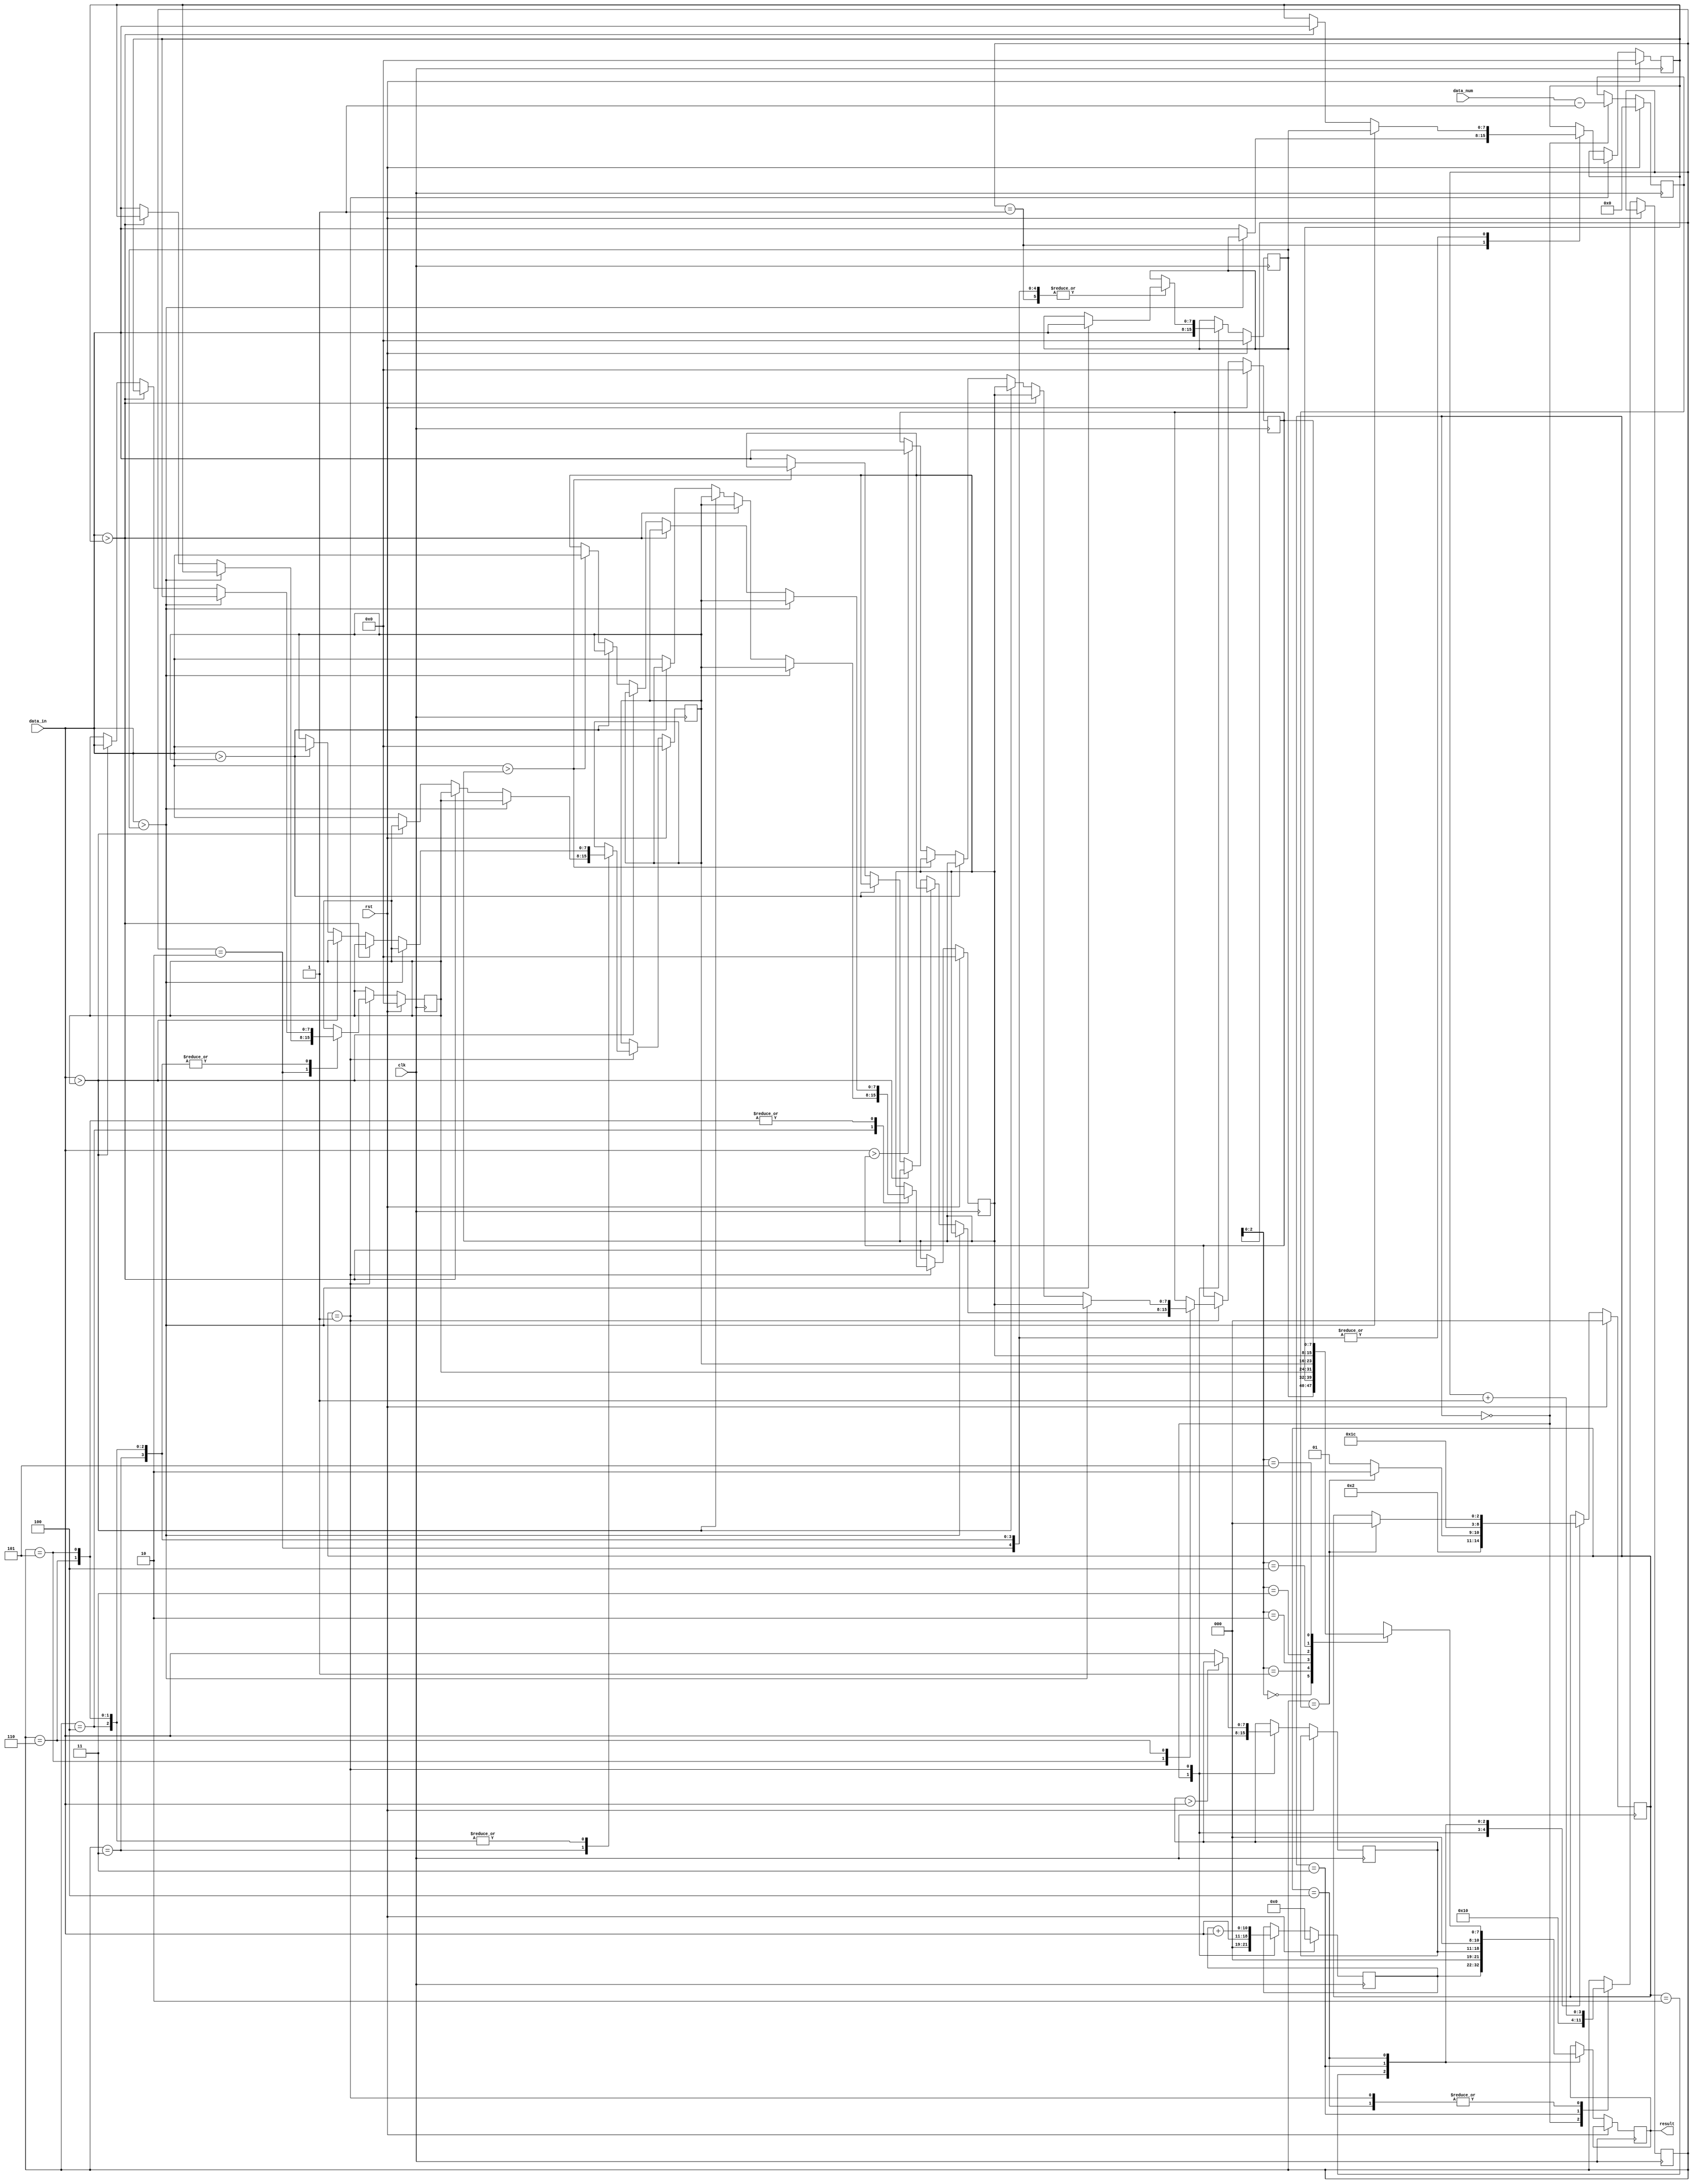
module BOE(clk, rst, data_num, data_in, result);
input clk;
input rst;
input [2:0] data_num;
input [7:0] data_in;
output [10:0] result;

reg     [10:0]  result;
reg	    [2:0]   cur_state, next_state;
reg     [3:0]   input_count;
// for summation
reg     [10:0]  summation;
// for maximum searching
reg     [7:0]   max;
// for sorting
reg     [7:0]   sorting_list [5:0];
reg     [3:0]   sorting_count;

parameter [2:0] T1 = 3'b000;
parameter [2:0] T2 = 3'b001;
parameter [2:0] T3 = 3'b010;
parameter [2:0] T4 = 3'b011;
parameter [2:0] T5 = 3'b100;

// state register()
always @(posedge clk) begin
    if (rst) 
        cur_state <= T1;
    else
        cur_state <= next_state;
end

always @(*) begin
	next_state = cur_state;
	case(cur_state)
		T1: begin
            next_state = T2;
        end
        T2: begin
            if(sorting_count == input_count) 
                next_state = T3;
            else
                next_state = T2;
        end
        T3: begin
            next_state = T4;
        end
        T4: begin
            next_state = T5;
        end
        T5: begin
            if(sorting_count == input_count) 
                next_state = T1;
        end
	endcase 
end

integer i;

always @(posedge clk) begin
    if(rst)begin
        input_count <= 0;
        summation   <= 0;
        for (i = 0; i < 7; i = i + 1) begin
            sorting_list[i] <= 0;
        end
    end
    else begin
        case(cur_state) 
        T1: begin
            input_count     <= data_num - 1;
            sorting_list[0] <= data_in;
            max             <= data_in;
            sorting_count   <= 1;
            summation       <= {3'd0, data_in};
        end
        T2: begin
            sorting_count <= sorting_count + 1;
            // when new data larger than old data, change the maximum number
            if(max > data_in) begin
                max <= max;
            end
            else begin
                max <= data_in;
            end
            // sum up all the data inputs
            summation <= summation + {3'd0, data_in};
            // sort for each time
            case(sorting_count)
                1: begin
                    if(data_in > sorting_list[0]) begin
                        sorting_list[0] <= data_in;
                        sorting_list[1] <= sorting_list[0];
                    end
                    else begin
                        sorting_list[1] <= data_in; 
                    end
                end
                2: begin
                    if(data_in > sorting_list[0]) begin
                        sorting_list[0] <= data_in;
                        sorting_list[1] <= sorting_list[0];
                        sorting_list[2] <= sorting_list[1];
                    end
                    else if(data_in > sorting_list[1]) begin
                        sorting_list[1] <= data_in;
                        sorting_list[2] <= sorting_list[1]; 
                    end
                    else begin
                        sorting_list[2] <= data_in; 
                    end
                end
                3: begin
                    if(data_in > sorting_list[0]) begin
                        sorting_list[0] <= data_in;
                        sorting_list[1] <= sorting_list[0];
                        sorting_list[2] <= sorting_list[1];
                        sorting_list[3] <= sorting_list[2];
                    end
                    else if(data_in > sorting_list[1]) begin
                        sorting_list[1] <= data_in;
                        sorting_list[2] <= sorting_list[1];
                        sorting_list[3] <= sorting_list[2];
                    end
                    else if(data_in > sorting_list[2]) begin
                        sorting_list[2] <= data_in;
                        sorting_list[3] <= sorting_list[2];
                    end
                    else begin
                        sorting_list[3] <= data_in;
                    end
                end
                4: begin
                    if(data_in > sorting_list[0]) begin
                        sorting_list[0] <= data_in;
                        sorting_list[1] <= sorting_list[0];
                        sorting_list[2] <= sorting_list[1];
                        sorting_list[3] <= sorting_list[2];
                        sorting_list[4] <= sorting_list[3];
                    end
                    else if(data_in > sorting_list[1]) begin
                        sorting_list[1] <= data_in;
                        sorting_list[2] <= sorting_list[1];
                        sorting_list[3] <= sorting_list[2];
                        sorting_list[4] <= sorting_list[3];
                    end
                    else if(data_in > sorting_list[2]) begin
                        sorting_list[2] <= data_in;
                        sorting_list[3] <= sorting_list[2];
                        sorting_list[4] <= sorting_list[3];
                    end
                    else if(data_in > sorting_list[3]) begin
                        sorting_list[3] <= data_in;
                        sorting_list[4] <= sorting_list[3];
                    end
                    else begin
                        sorting_list[4] <= data_in;
                    end
                end
                5: begin
                    if(data_in > sorting_list[0]) begin
                        sorting_list[0] <= data_in;
                        sorting_list[1] <= sorting_list[0];
                        sorting_list[2] <= sorting_list[1];
                        sorting_list[3] <= sorting_list[2];
                        sorting_list[4] <= sorting_list[3];
                        sorting_list[5] <= sorting_list[4];
                    end
                    else if(data_in > sorting_list[1]) begin
                        sorting_list[1] <= data_in;
                        sorting_list[2] <= sorting_list[1];
                        sorting_list[3] <= sorting_list[2];
                        sorting_list[4] <= sorting_list[3];
                        sorting_list[5] <= sorting_list[4];
                    end
                    else if(data_in > sorting_list[2]) begin
                        sorting_list[2] <= data_in;
                        sorting_list[3] <= sorting_list[2];
                        sorting_list[4] <= sorting_list[3];
                        sorting_list[5] <= sorting_list[4];
                    end
                    else if(data_in > sorting_list[3]) begin
                        sorting_list[3] <= data_in;
                        sorting_list[4] <= sorting_list[3];
                        sorting_list[5] <= sorting_list[4];
                    end
                    else if(data_in > sorting_list[4]) begin
                        sorting_list[4] <= data_in;
                        sorting_list[5] <= sorting_list[4];
                    end
                    else begin
                        sorting_list[5] <= data_in;
                    end
                end
                6:begin
                    if(data_in > sorting_list[0]) begin
                        sorting_list[0] <= data_in;
                        sorting_list[1] <= sorting_list[0];
                        sorting_list[2] <= sorting_list[1];
                        sorting_list[3] <= sorting_list[2];
                        sorting_list[4] <= sorting_list[3];
                        sorting_list[5] <= sorting_list[4];
                        sorting_list[6] <= sorting_list[5];
                    end
                    else if(data_in > sorting_list[1]) begin
                        sorting_list[1] <= data_in;
                        sorting_list[2] <= sorting_list[1];
                        sorting_list[3] <= sorting_list[2];
                        sorting_list[4] <= sorting_list[3];
                        sorting_list[5] <= sorting_list[4];
                        sorting_list[6] <= sorting_list[5];
                    end
                    else if(data_in > sorting_list[2]) begin
                        sorting_list[2] <= data_in;
                        sorting_list[3] <= sorting_list[2];
                        sorting_list[4] <= sorting_list[3];
                        sorting_list[5] <= sorting_list[4];
                        sorting_list[6] <= sorting_list[5];
                    end
                    else if(data_in > sorting_list[3]) begin
                        sorting_list[3] <= data_in;
                        sorting_list[4] <= sorting_list[3];
                        sorting_list[5] <= sorting_list[4];
                        sorting_list[6] <= sorting_list[5];
                    end
                    else if(data_in > sorting_list[4]) begin
                        sorting_list[4] <= data_in;
                        sorting_list[5] <= sorting_list[4];
                        sorting_list[6] <= sorting_list[5];
                    end
                    else if(data_in > sorting_list[5]) begin
                        sorting_list[5] <= data_in;
                        sorting_list[6] <= sorting_list[5];
                    end
                    else begin
                        sorting_list[6] <= data_in;
                    end
                end
            endcase
        end
        // output summation
        T3: begin
            result <= summation;
        end
        // output maximum number
        T4: begin
            sorting_count <= 0;
            result <= {3'd0, max};
        end
        // output sorted result
        T5: begin
            sorting_count <= sorting_count + 1;
            result <= {3'd0, sorting_list[sorting_count]};
        end 
        endcase
    end
end

endmodule